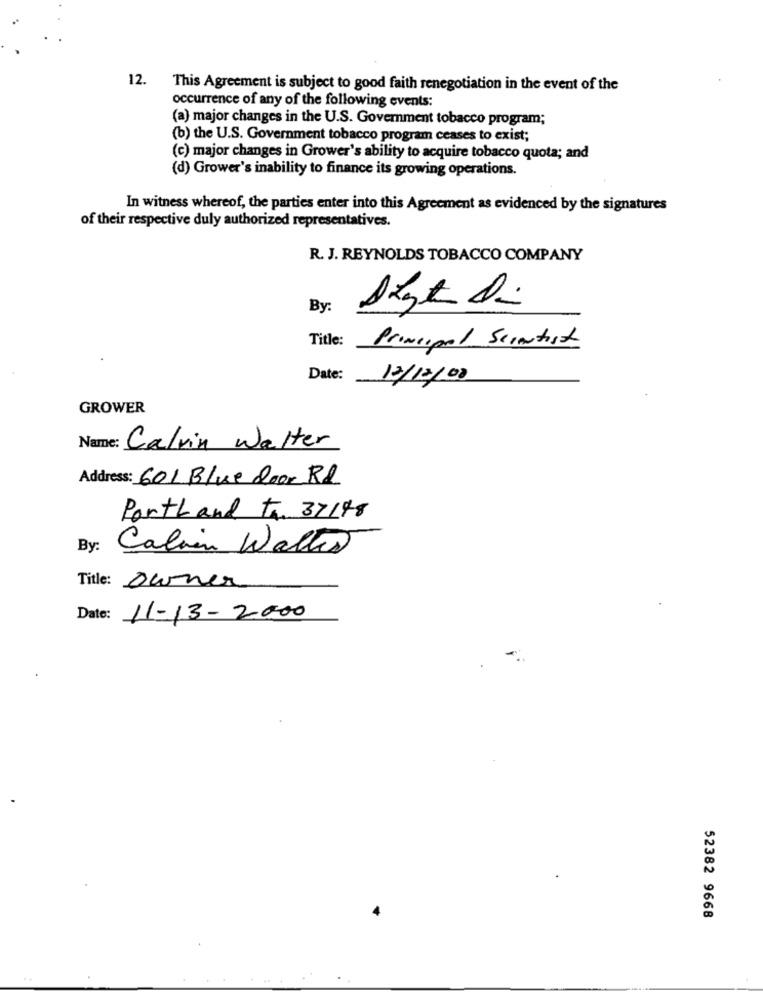
12.
This Agreement is subject to good faith renegotiation in the event of the
occurrence of any of the following events:
(a) major changes in the U.S. Government tobacco program;
(b) the U.S. Government tobacco program ceases to exist;
(c) major changes in Grower's ability to acquire tobacco quota; and
(d) Grower's inability to finance its growing operations.
In witness whereof, the parties enter into this Agreement as evidenced by the signatures
of their respective duly authorized representatives.
R. J. REYNOLDS TOBACCO COMPANY
By:
Title:
Principal Scientist
Date:
12/12/00
GROWER
Name: Calvin Walter
Address: 601 Blue door Rd
Portland to 37148
By:
Calvin Walter
Title: owner
Date: 11-13-2000
52382 9668